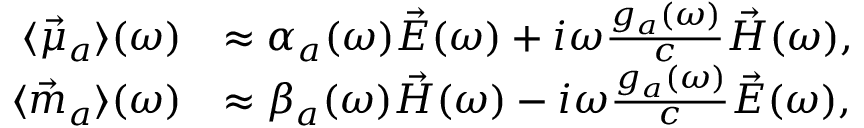
\begin{array} { r l } { \langle \vec { \mu } _ { a } \rangle ( \omega ) } & { \approx \alpha _ { a } ( \omega ) \vec { E } ( \omega ) + i \omega \frac { g _ { a } ( \omega ) } { c } \vec { H } ( \omega ) , } \\ { \langle \vec { m } _ { a } \rangle ( \omega ) } & { \approx \beta _ { a } ( \omega ) \vec { H } ( \omega ) - i \omega \frac { g _ { a } ( \omega ) } { c } \vec { E } ( \omega ) , } \end{array}